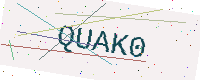
Text: QUAK0